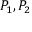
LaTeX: P _ { 1 } , P _ { 2 }